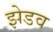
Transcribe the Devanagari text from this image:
झेडव